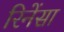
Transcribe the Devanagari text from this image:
रिनेंसा